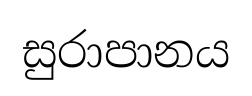
සුරාපානය